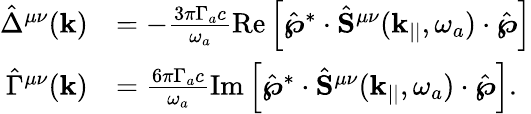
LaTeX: \begin{array}{rl}{\hat{\Delta}^{\mu\nu}(\mathbf{k})}&{=-\frac{3\pi\Gamma_{a}c}{\omega_{a}}\textrm{Re}\left[\hat{\boldsymbol{\wp}}^{*}\cdot\hat{\mathbf{S}}^{\mu\nu}(\mathbf{k}_{||},\omega_{a})\cdot\hat{\boldsymbol{\wp}}\right]}\\ {\hat{\Gamma}^{\mu\nu}(\mathbf{k})}&{=\frac{6\pi\Gamma_{a}c}{\omega_{a}}\textrm{Im}\left[\hat{\boldsymbol{\wp}}^{*}\cdot\hat{\mathbf{S}}^{\mu\nu}(\mathbf{k}_{||},\omega_{a})\cdot\hat{\boldsymbol{\wp}}\right].}\end{array}